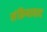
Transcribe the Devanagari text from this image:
संक्रियावाद